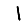
Digit: 1